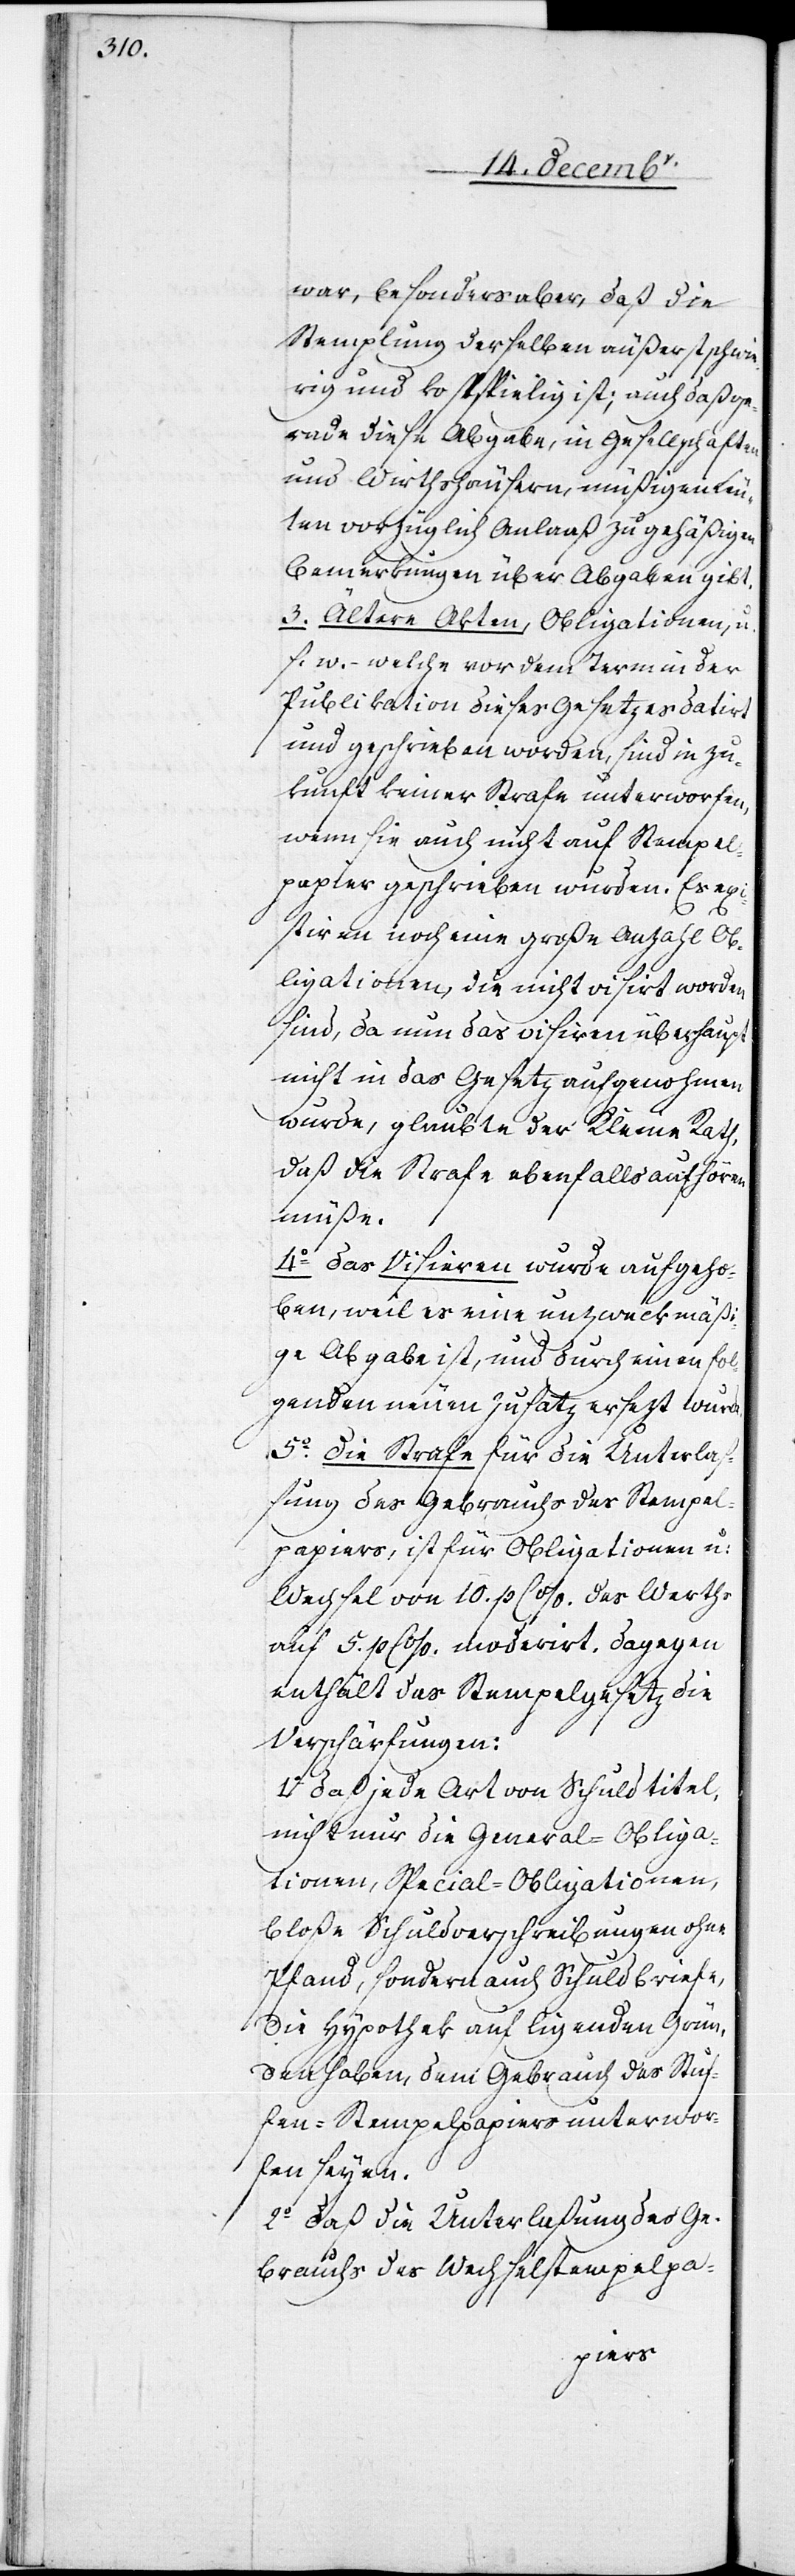
war, besonders aber, daß die
Stemplung derselben äußerst schwie¬
rig und kostspielig ist; auch daß ge¬
rade diese Abgabe, in Gesellschaften
und Wirthshäusern, müßigen Leu¬
ten vorzüglich Anlaaß zu gehäßigen
Bemerkungen über Abgaben gibt.
3. Ältere Akten, Obligationen, u.
s. w., – welche vor dem Termin der
Publikation dieses Gesetzes datirt
und geschrieben worden, sind in Zu¬
kunft keiner Strafe unterworfen,
wenn sie auch nicht auf Stempel¬
papier geschrieben wurden. Es exi¬
stiren noch eine große Anzahl Ob¬
ligationen, die nicht visirt worden
sind, da nun das visiren [sic!] überhaupt
nicht in das Gesetz aufgenohmen
wurde, glaubte der Kleine Rath,
daß die Strafe ebenfalls aufhören
müße.
4. Das Visieren wurde aufgeho¬
ben, weil es eine unzweckmäß¬
ige Abgabe ist, und durch einen fol¬
genden neuen Zusatz ersezt wurde.
5. Die Strafe für die Unterlaß¬
ung des Gebrauchs des Stempel¬
papiers, ist für Obligationen u:
Wechsel von 10. p C %. des Werths
auf 5. p C %. moderirt, dagegen
enthält das Stempelgesetz die
Verschärfungen:
1. Da jede Art von Schuldtitel,
nicht nur die General-Obliga¬
tionen, Special-Obligationen,
bloße Schuldverschreibungen ohne
Pfand, sondern auch Schuldbriefe,
die Hypothek auf ligenden Grün¬
den haben, dem Gebrauch des Stuf¬
fen-Stempelpapiers unterwor¬
fen seyen.
2. Daß die Unterlaßung des Ge¬
brauchs des Wechselstempelpa-